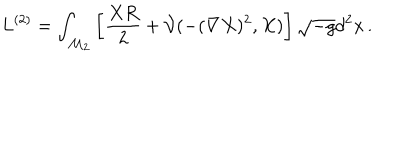
L ^ { ( 2 ) } = \int _ { \mathcal { M } _ { 2 } } \left[ \frac { X R } 2 + \mathcal { V } ( - ( \nabla X ) ^ { 2 } , X ) \right] \sqrt { - g } d ^ { 2 } x \, .